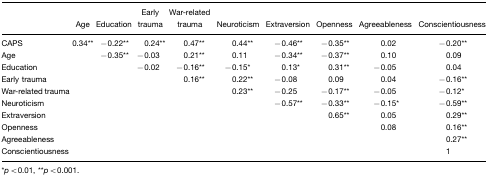
|  | Age | Education | Early trauma | War-related trauma | Neuroticism | Extraversion | Openness | Agreeableness | Conscientiousness |
 | --- | --- | --- | --- | --- | --- | --- | --- | --- | --- |
 | CAPS | 0.34** | −0.22** | 0.24** | 0.47** | 0.44** | −0.46** | −0.35** | 0.02 | −0.20** |
 | Age |  | −0.35** | −0.03 | 0.21** | 0.11 | −0.34** | −0.37** | 0.10 | 0.09 |
 | Education |  |  | −0.02 | −0.16** | −0.15* | 0.13* | 0.31** | −0.05 | 0.04 |
 | Early trauma |  |  |  | 0.16** | 0.22** | −0.08 | 0.09 | 0.04 | −0.16** |
 | War-related trauma |  |  |  |  | 0.23** | −0.25 | −0.17** | −0.05 | −0.12* |
 | Neuroticism |  |  |  |  |  | −0.57** | −0.33** | −0.15* | −0.59** |
 | Extraversion |  |  |  |  |  |  | 0.65** | 0.05 | 0.29** |
 | Openness |  |  |  |  |  |  |  | 0.08 | 0.16** |
 | Agreeableness |  |  |  |  |  |  |  |  | 0.27** |
 | Conscientiousness |  |  |  |  |  |  |  |  | 1 |